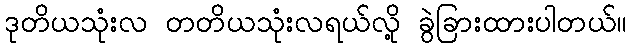
ဒုတိယသုံးလ တတိယသုံးလရယ်လို့ ခွဲခြားထားပါတယ်။